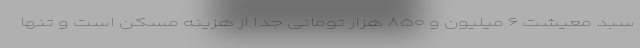
سبد معیشت ۶ میلیون و ۸۵۰ هزار تومانی جدا از هزینه مسکن است و تنها